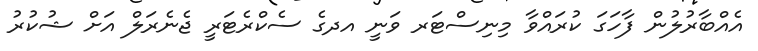
އެއްބާރުލުން ފާހަގަ ކުރައްވާ މިނިސްޓަރ ވަނީ އދގެ ސެކްރެޓަރީ ޖެނެރަލް އަށް ޝުކުރު